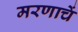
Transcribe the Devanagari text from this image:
मरणाचें